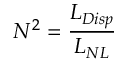
N ^ { 2 } = \frac { L _ { D i s p } } { L _ { N L } }